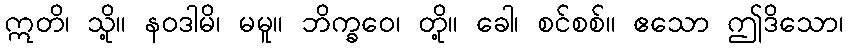
ဣတိ၊ သို့။ နဝဒါမိ၊ မမူ။ ဘိက္ခဝေ၊ တို့။ ခေါ၊ စင်စစ်။ ဧသော ဤဒိသော၊